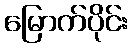
မြောက်ပိုင်း